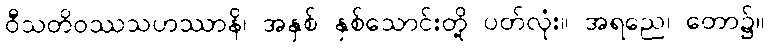
ဝီသတိဝဿသဟဿာနိ၊ အနှစ် နှစ်သောင်းတို့ ပတ်လုံး။ အရညေ၊ တော၌။